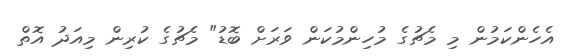
އެހެންކަމުން މި މެޗުގެ މުހިންމުކަން ވަރަށް ބޮޑު" މެޗުގެ ކުރިން މިއަދު އޮތް